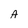
Character: A